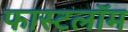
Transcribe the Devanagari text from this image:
फास्टलॉम